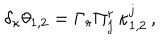
LaTeX: \delta _ { \kappa } \theta _ { 1 , 2 } = \Gamma _ { r } \Pi _ { j } ^ { r } \, \kappa _ { 1 , 2 } ^ { j } \, ,